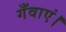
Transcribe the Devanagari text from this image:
गँवाएं।